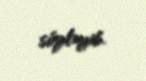
söyləyib.